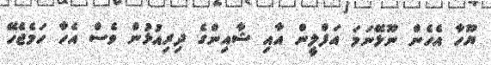
ޔޫހާ އެހެން ނޫޅޭނަމަ އަފްލީން އާއި ޝާއިންގެ ދިރިއުޅުން ވެސް އެހާ ހަމެޖެހޭ